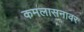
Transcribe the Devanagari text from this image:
कमलासनावर